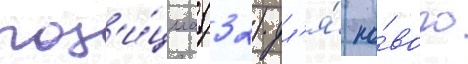
поз'и́циа (32) дл'я́ но́вого